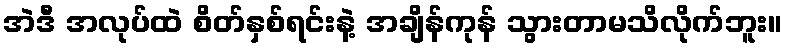
အဲဒီ အလုပ်ထဲ စိတ်နှစ်ရင်းနဲ့ အချိန်ကုန် သွားတာမသိလိုက်ဘူး။